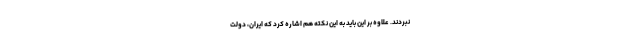
نبردند. علاوه بر این باید به این نکته هم اشاره کرد که ایران، دولت